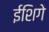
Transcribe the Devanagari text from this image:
ईशिगे